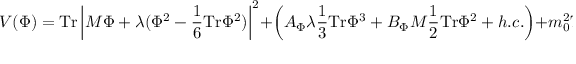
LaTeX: V ( \Phi ) = \mathrm { T r } \left| M \Phi + \lambda ( \Phi ^ { 2 } - \frac { 1 } { 6 } \mathrm { T r } \Phi ^ { 2 } ) \right| ^ { 2 } + \left( A _ { \Phi } \lambda \frac { 1 } { 3 } \mathrm { T r } \Phi ^ { 3 } + B _ { \Phi } M \frac { 1 } { 2 } \mathrm { T r } \Phi ^ { 2 } + h . c . \right) + m _ { 0 } ^ { 2 } \mathrm { T r } | \Phi | ^ { 2 } .